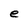
Character: e